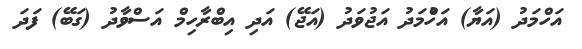
އަހްމަދު (އަޔާ) އަހުްމަދު އަޖުވަދު (އަޖޭ) އަދި އިބްރާހިމް އަސްވާދު (ގަބޭ) ފަދަ